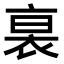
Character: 𧙴